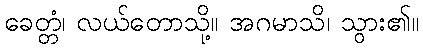
ခေတ္တံ၊ လယ်တောသို့။ အဂမာသိ၊ သွား၏။